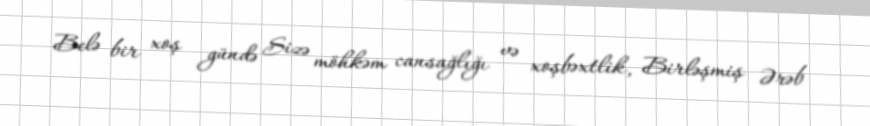
Belə bir xoş gündə Sizə möhkəm cansağlığı və xoşbəxtlik, Birləşmiş Ərəb